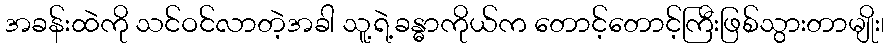
အခန်းထဲကို သင်ဝင်လာတဲ့အခါ သူ့ရဲ့ခန္ဓာကိုယ်က တောင့်တောင့်ကြီးဖြစ်သွားတာမျိုး၊